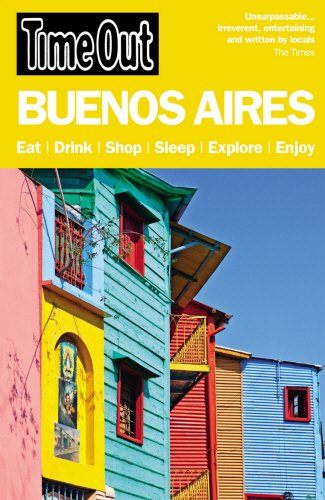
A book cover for Time Out Buenos Aires (Time Out Guides); Travel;